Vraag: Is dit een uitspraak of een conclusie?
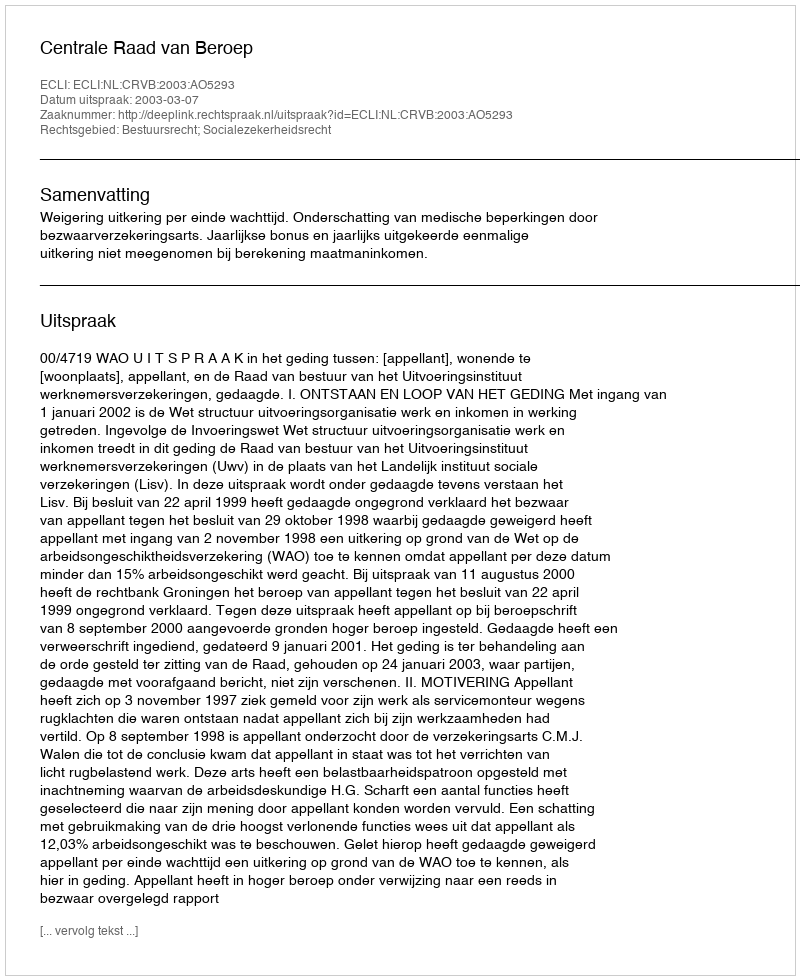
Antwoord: Uitspraak